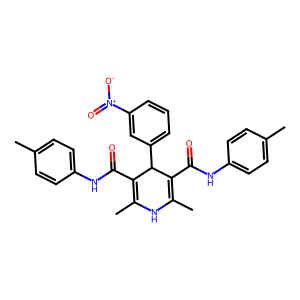
SMILES: CC1=C(C(=O)Nc2ccc(C)cc2)C(c2cccc([N+](=O)[O-])c2)C(C(=O)Nc2ccc(C)cc2)=C(C)N1
Inhibits HIV replication: No